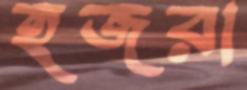
হজরা